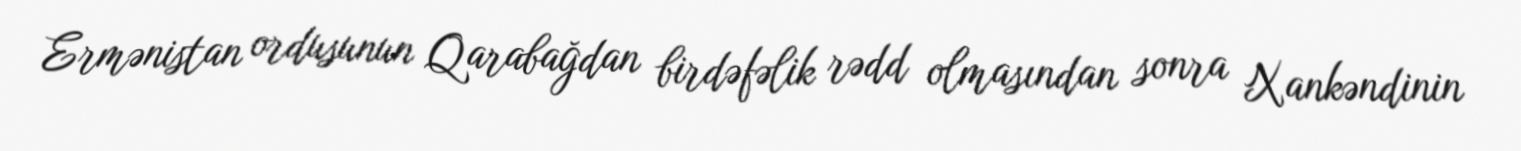
Ermənistan ordusunun Qarabağdan birdəfəlik rədd olmasından sonra Xankəndinin